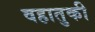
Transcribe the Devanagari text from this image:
वहातुकी